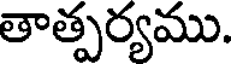
తాత్పర్యము.